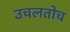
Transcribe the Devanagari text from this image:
उचलतोच